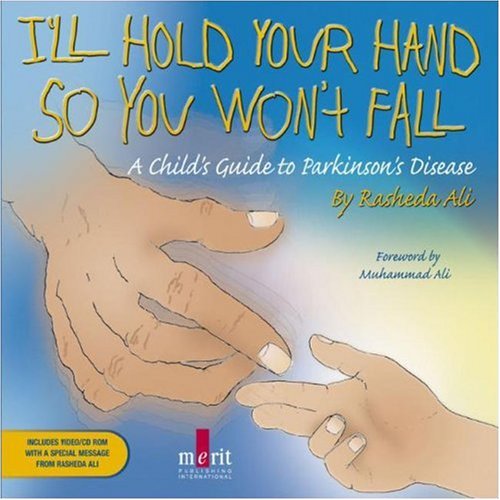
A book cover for I'll Hold Your Hand So You Won't Fall: A Child's Guide to Parkinson's Disease; Rasheda Ali; Health, Fitness & Dieting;